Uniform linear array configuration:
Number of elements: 32
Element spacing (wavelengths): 0.25
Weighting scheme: blackman
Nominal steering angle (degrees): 30
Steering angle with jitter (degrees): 31.805
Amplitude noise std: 0.05
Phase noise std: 0.05

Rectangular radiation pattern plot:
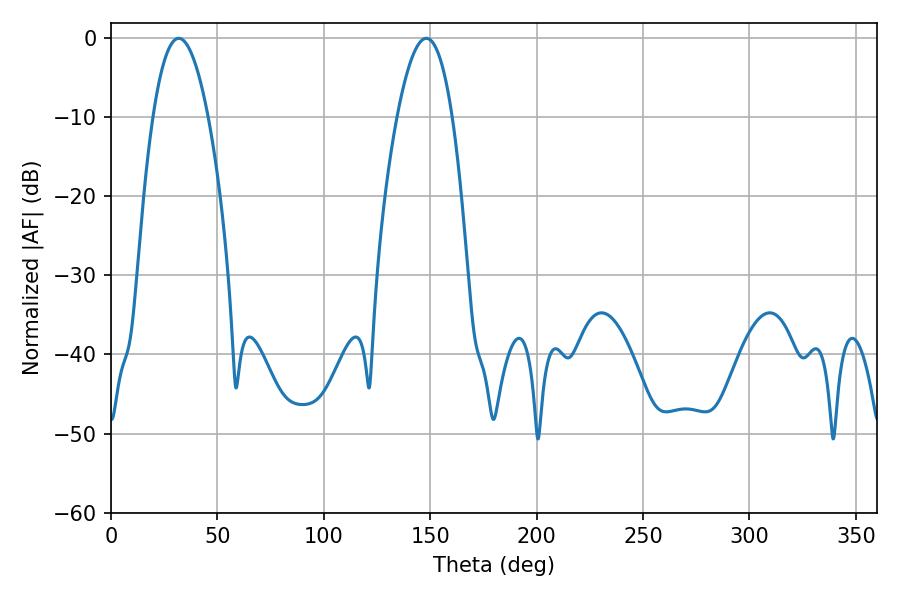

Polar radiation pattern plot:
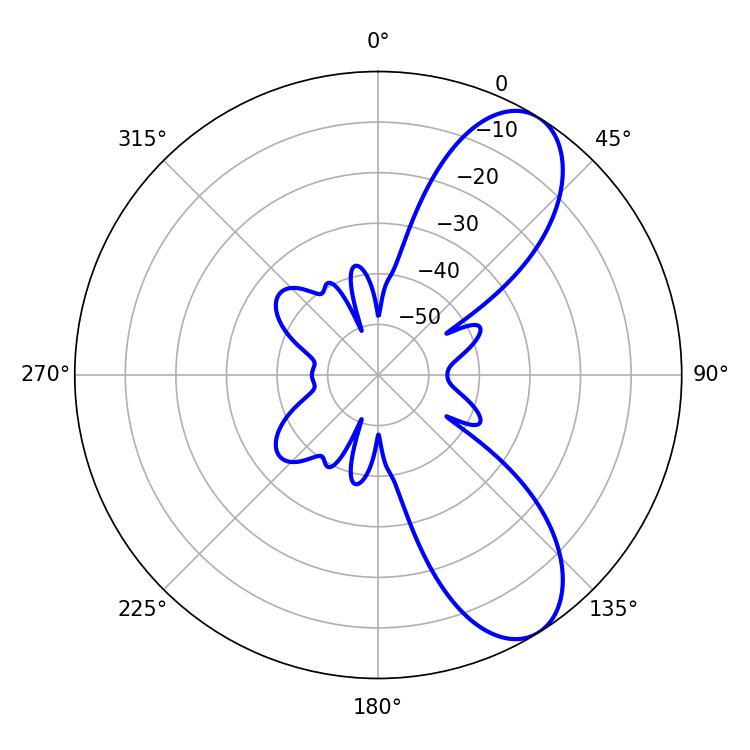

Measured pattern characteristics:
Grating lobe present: FALSE
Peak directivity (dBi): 8.483
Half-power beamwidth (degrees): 14.22
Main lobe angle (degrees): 31.86